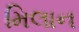
મિલાન